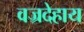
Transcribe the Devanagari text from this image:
वज्रदेहाय